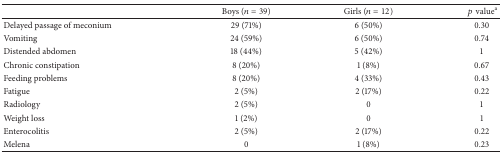
<table><thead><tr><td><b> </b></td><td><b>Boys (<i>n</i> = 39)</b></td><td><b>Girls (<i>n</i> = 12)</b></td><td><b> <i>p</i>value<sup>a</sup></b></td></tr></thead><tbody><tr><td>Delayed passage of meconium</td><td>29 (71%)</td><td>6 (50%)</td><td>0.30</td></tr><tr><td>Vomiting</td><td>24 (59%)</td><td>6 (50%)</td><td>0.74</td></tr><tr><td>Distended abdomen</td><td>18 (44%)</td><td>5 (42%)</td><td>1</td></tr><tr><td>Chronic constipation</td><td>8 (20%)</td><td>1 (8%)</td><td>0.67</td></tr><tr><td>Feeding problems</td><td>8 (20%)</td><td>4 (33%)</td><td>0.43</td></tr><tr><td>Fatigue</td><td>2 (5%)</td><td>2 (17%)</td><td>0.22</td></tr><tr><td>Radiology</td><td>2 (5%)</td><td>0</td><td>1</td></tr><tr><td>Weight loss</td><td>1 (2%)</td><td>0</td><td>1</td></tr><tr><td>Enterocolitis</td><td>2 (5%)</td><td>2 (17%)</td><td>0.22</td></tr><tr><td>Melena</td><td>0</td><td>1 (8%)</td><td>0.23</td></tr></tbody></table>